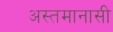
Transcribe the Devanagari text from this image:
अस्तमानासी